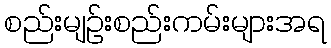
စည်းမျဉ်းစည်းကမ်းများအရ